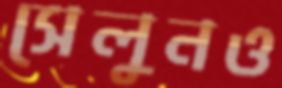
সেলুনও